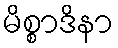
မိစ္စာဒိနာ